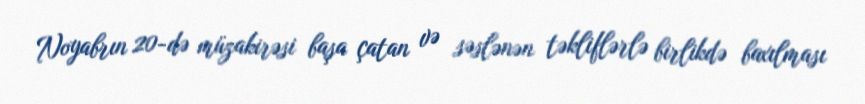
Noyabrın 20-də müzakirəsi başa çatan və səslənən təkliflərlə birlikdə baxılması